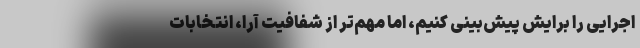
اجرایی را برایش پیش‌بینی کنیم، اما مهم‌تر از شفافیت آرا، انتخابات